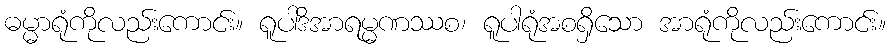
ဓမ္မာရုံကိုလည်းကောင်း။ ရူပါဒိအာရမ္မဏဿစ၊ ရူပါရုံအစရှိသော အာရုံကိုလည်းကောင်း။